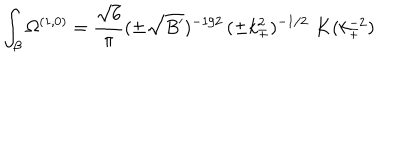
\int _ { \beta } \Omega ^ { ( 1 , 0 ) } = \frac { \sqrt { 6 } } { \pi } ( \pm \sqrt { B ^ { \prime } } ) ^ { - 1 / 2 } \, ( \pm k _ { \mp } ^ { 2 } ) ^ { - 1 / 2 } \, \, { \bf K } ( k _ { \mp } ^ { - 2 } )